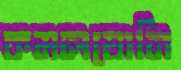
কমলযোনি